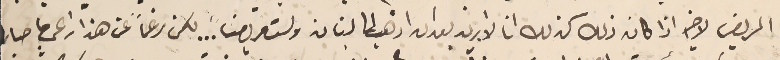
المريض لاخيه اذا كان ذلك كذلك انا لا اريد بعد ان اذهب الى لبنان ولست مريضاً... لكن رغماً عن هذا راعي ما صار